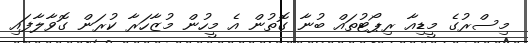
މިސްރުގެ މީޑިއާ ރިޕޯޓުތައް ބުނާ ގޮތުން އެ މީހުން މުޒާހަރާ ކުރަން ގޮވާލާފައި